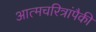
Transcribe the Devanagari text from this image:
आत्मचरित्रांपैकी